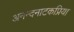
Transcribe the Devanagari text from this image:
अनन्दनाटकप्रिया